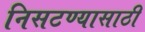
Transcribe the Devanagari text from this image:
निसटण्यासाठी